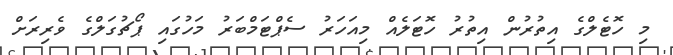
މި ހޮޓެލްގެ އިތުރުން އިތުރު ހޮޓަލެއް މިއަހަރު ސެޕްޓަމްބަރު މަހުގައި ޕޯޗުގަލްގެ ވެރިރަށް